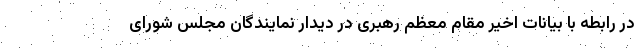
در رابطه با بیانات اخیر مقام معظم رهبری در دیدار نمایندگان مجلس شورای